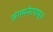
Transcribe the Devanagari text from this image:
संगमनेरपासून